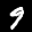
Label: 9